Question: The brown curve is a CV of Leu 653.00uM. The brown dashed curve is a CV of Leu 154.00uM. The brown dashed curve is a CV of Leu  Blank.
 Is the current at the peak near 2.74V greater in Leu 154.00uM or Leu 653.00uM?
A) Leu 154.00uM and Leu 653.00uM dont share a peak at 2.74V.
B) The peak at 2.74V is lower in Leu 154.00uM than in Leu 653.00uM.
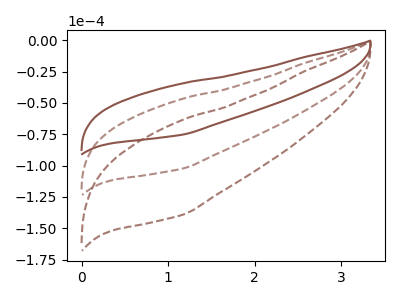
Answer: <think>The brown curve "Leu 653.00uM" has no peaks. The brown dashed curve "Leu 154.00uM" has no peaks. The brown dashed curve "Leu  Blank" has no peaks.</think>
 <answer>A) "Leu 154.00uM" and "Leu 653.00uM" dont share a peak at 2.74V.</answer>
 <eval>A</eval>